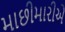
માછીમારીએ